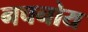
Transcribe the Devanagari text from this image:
नचनोय